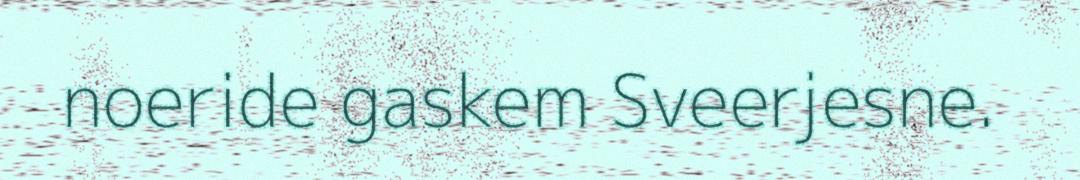
noeride gaskem Sveerjesne.